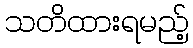
သတိထားရမည့်